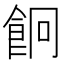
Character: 𩚱